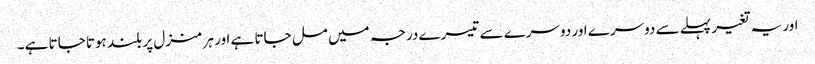
اور یہ تغیر پہلے سے دوسرے اور دوسرے سے تیسرے درجہ میں مل جاتا ہے اور ہر منزل پر بلند ہوتا جاتا ہے۔